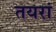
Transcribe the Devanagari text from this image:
तयरां